Report of the King Institute of Preventive Medicine, Guindy
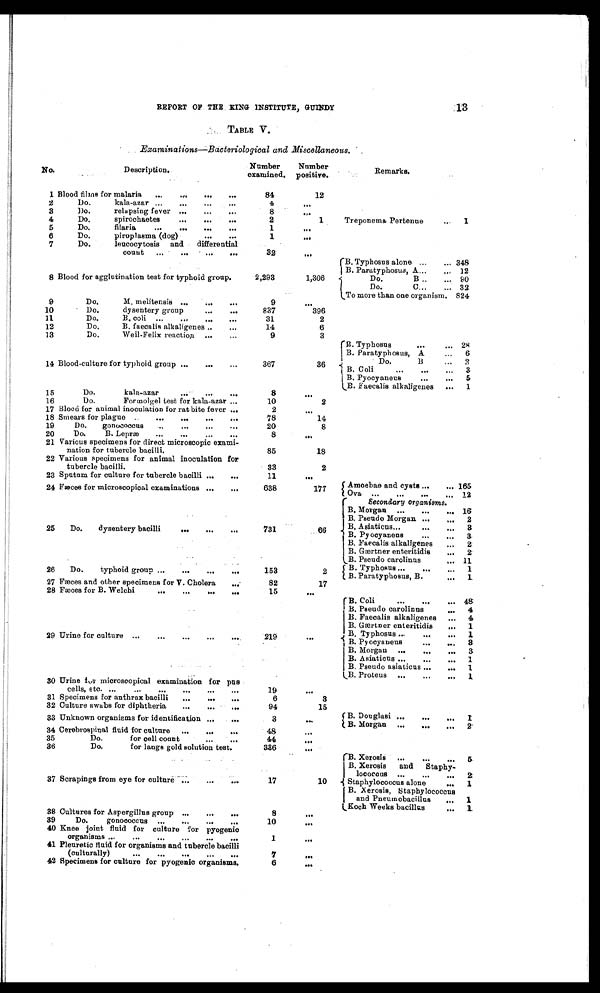
REPORT OF THE KING INSTITUTE, GUINDY
13
TABLE V.
Examinations—Bacteriological and Miscellaneous.
No.
Description.
Numbe r e xa mi ne d.
Number
positive.
Remarks.
1
Blood films for malaria
84
12
2
Do.kala-azar
4
. . .
3
Do. relapsing fever
8
. . .
4
Do. spirochaetes
2
1
Treponema Pertenue
1
5
Do. filaria
1
. . .
6
Do. piroplasma (dog)
1
. . .
7
Do. leucocytosis and differential count
3 2
. . .
B. Typhosus alone
348
B. Paratyphosus, A
12
B l o o d f o r a g g l u t i n a t i o n t e s t f o r t y p h o i d g r o u p .
2,293
1,306
Do. B
90
Do. C
32
To more than one organism. 824
9
Do. M. melitensis
9
. . .
10
Do. dysentery group
837
396
11
Do. B. coli
31
2
12
Do. B. faecalis alkaligenes
14
6
13
Do. Weil-Felix reaction
9
3
B. Typhosus
28
B. Paratyphosus, A
6
Do. B
2
1 4
Blood-culture for typhoid group
367
36
B. Coli
3
B. Pyocyaneus
5
B. Faecalis alkaligenes
1
15
Do. kala-azar
8
. . .
16
Do. Formolgel test for kala-azar
10
2
17 Blood for animal inoculation for rat bite fever
2
. . .
18 Smears for plague
78
1 4
19
Do. gonococcus
20
8
20
Do. B. Lepræ
8
. . .
21 Various specimens for direct microscopic exam-i
nation for tubercle bacilli.
85
18
22 Various specimens for animal inoculation for
tubercle bacilli.
33
2
23 Sputum for culture for tubercle bacilli
11
. . .
Amoebae and cysts
165
24 Fæces for microscopical examinations
638
177
Ova
12
Secondary organisms.
B. Morgan
1 6
B. Pseudo Morgan
2
B. Asiaticus
3
2 5 Do. dysentery bacilli
7 3 1
6 6
B. Pyocyaneus
3
B. Faecalis alkaligenes
2
B. Gærtner enteritidis
2
B. Pseudo carolinus
11
26
Do. typhoid group
153
2
B. Typhosus
1
27 Fæces and other specimens for V. Cholera
82
17
B. Paratyphosus, B.
1
28 Fæces for B. Welchi
15
. . .
B. Coli
48
B. Pseudo carolinus
4
B. Faecalis alkaligenes
4
B. Gærtner enteritidis
1
29 Urine for culture
219
. . .
B. Typhosus
1
B. Pyocyaneus
3
B. Morgan
3
B. Asiaticus
1
B. Pseudo asiaticus
1
B. Proteus
1
30 Urine for microscopical examination for pus
cells, etc.
19
. . .
31 Specimens for anthrax bacilli
6
3
32 Culture swabs for diphtheria
94
15
B. Douglasi
1
33 Unknown organisms for identification
3
. . .
B. Morgan
2
34 Cerebrospinal fluid for culture
48
. . .
35
Do. for cell count
44
. . .
36
Do. for langs gold solution test.
336
. . .
B. Xerosis
5
B. Xerosis and Staphy
-lococous
2
37 Scrapings from eye for culture
17
10
Staphylococcus alone
1
B. Xerosis, Staphylococcus
and Pneumobacillus
1
Koch Weeks bacillus
1
38 Cultures for Aspergillus group
8
. . .
39
Do. gonococcus
10
. . .
40 Knee joint fluid for culture or pyogenio
organisms
1
. . .
41 Pleuretic fluid for organisms and tubercle bacilli
(culturally)
7
. . .
42 Specimens for culture for pyogenio organisms.
6
. . .